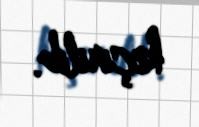
keçirilib.